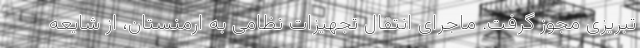
تبریزی مجوز گرفت. ماجرای انتقال تجهیزات نظامی به ارمنستان، از شایعه